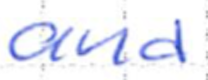
Text: and
Cross-out: clean
Writing tool: ballpoint